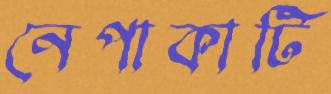
নেপাকাটি